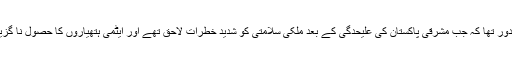
یہ وہ دور تھا کہ جب مشرقی پاکستان کی علیحدگی کے بعد ملکی سلامتی کو شدید خطرات لاحق تھے اور ایٹمی ہتھیاروں کا حصول نا گزیر تھا۔